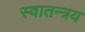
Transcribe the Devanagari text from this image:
स्वातन्त्रय